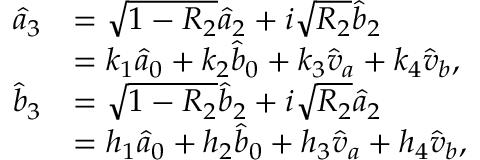
\begin{array} { r l r } { \hat { a } _ { 3 } } & { = \sqrt { 1 - R _ { 2 } } \hat { a } _ { 2 } + i \sqrt { R _ { 2 } } \hat { b } _ { 2 } } & \\ & { = k _ { 1 } \hat { a } _ { 0 } + k _ { 2 } \hat { b } _ { 0 } + k _ { 3 } \hat { v } _ { a } + k _ { 4 } \hat { v } _ { b } , } & \\ { \hat { b } _ { 3 } } & { = \sqrt { 1 - R _ { 2 } } \hat { b } _ { 2 } + i \sqrt { R _ { 2 } } \hat { a } _ { 2 } } & \\ & { = h _ { 1 } \hat { a } _ { 0 } + h _ { 2 } \hat { b } _ { 0 } + h _ { 3 } \hat { v } _ { a } + h _ { 4 } \hat { v } _ { b } , } & \end{array}